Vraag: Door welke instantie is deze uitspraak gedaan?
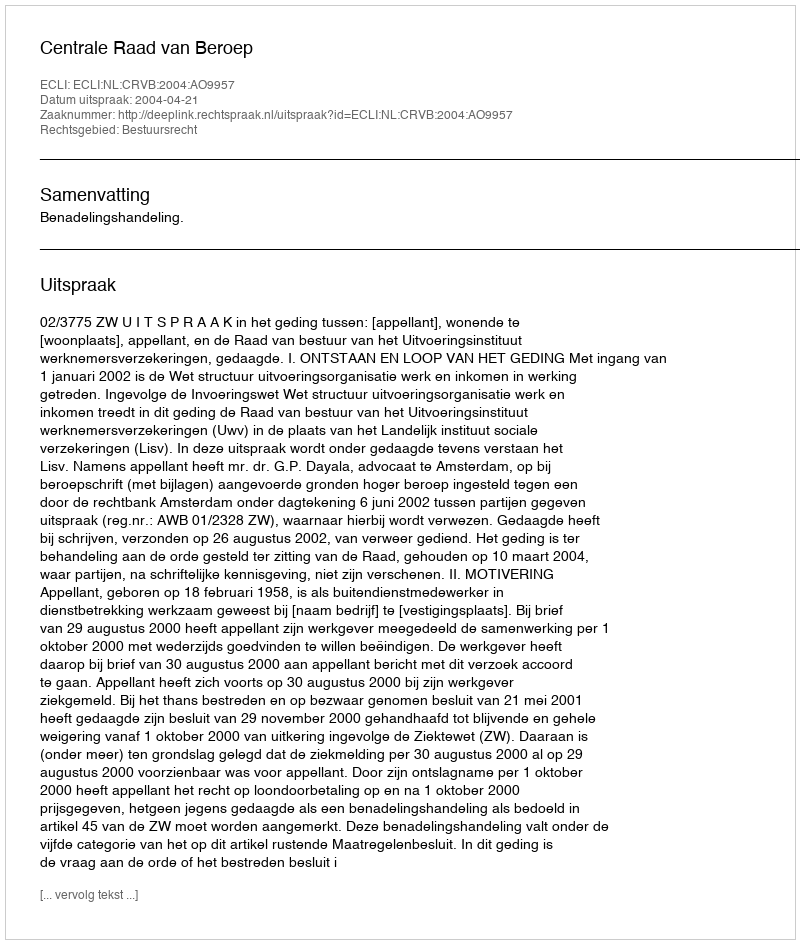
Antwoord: Centrale Raad van Beroep